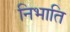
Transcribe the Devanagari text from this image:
निभाति